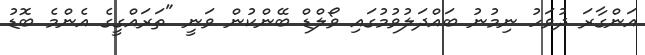
އަންގާރަ ދުވަހު ނިމުނު ބައްދަލުވުމުގައި ވޯލްޑް ބޭންކުން ވަނީ "ތަރައްގީގެ އެންމެ ބޮޑު